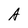
Character: A